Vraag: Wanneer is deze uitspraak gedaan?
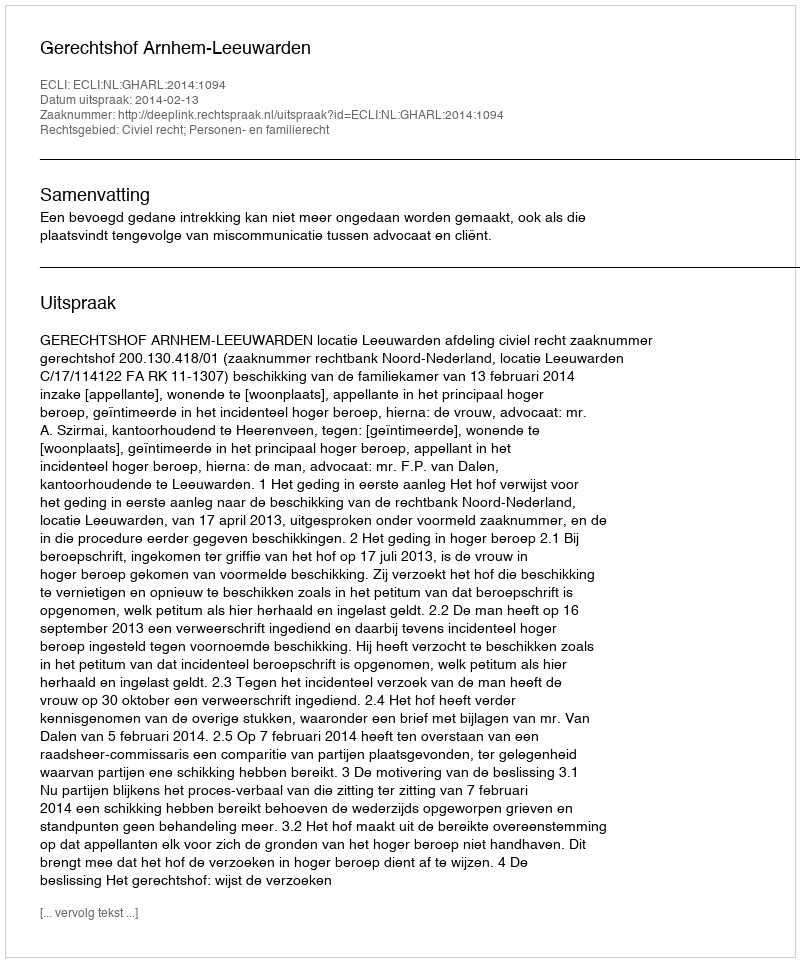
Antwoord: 2014-02-13